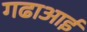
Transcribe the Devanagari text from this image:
गढाआई